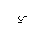
Letter: _ya